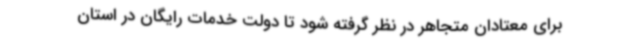
برای معتادان متجاهر در نظر گرفته شود تا دولت خدمات رایگان در استان